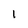
Character: l